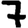
Digit: 7